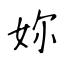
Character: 妳